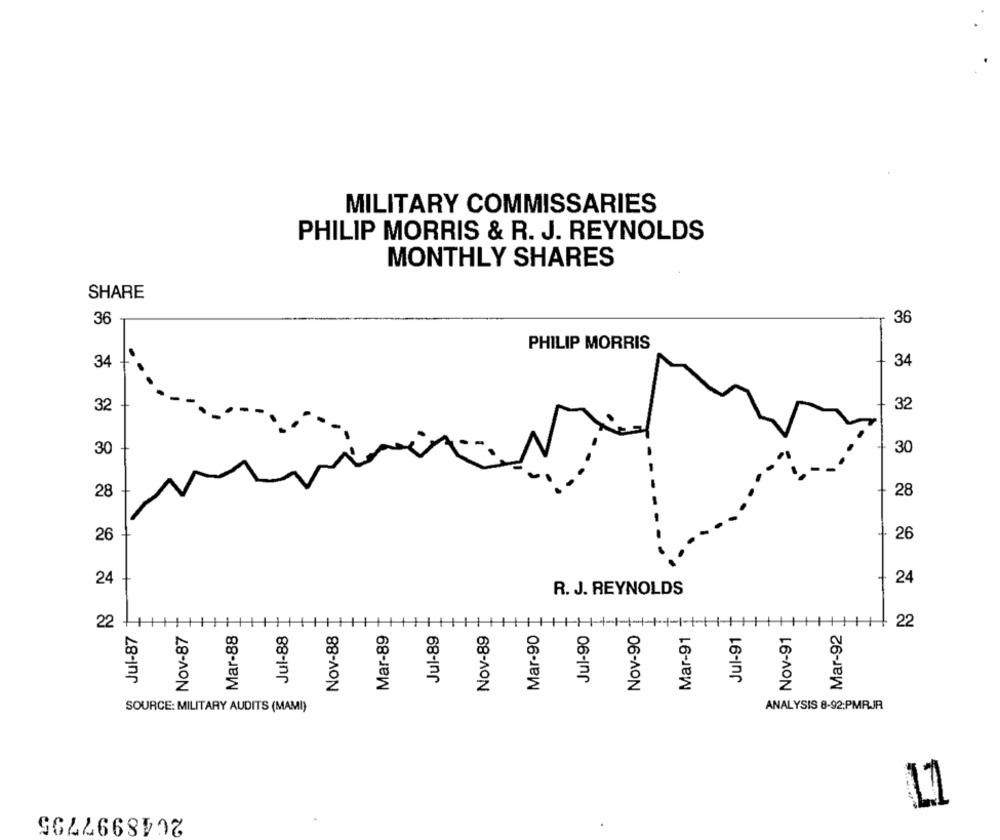
MILITARY COMMISSARIES
PHILIP MORRIS & R. J. REYNOLDS
MONTHLY SHARES
SHARE
36
36
PHILIP MORRIS
34
+ 34
32
32
30
30
28
28
26
26
24
24
R. J. REYNOLDS
Jul-87
Nov-87
Mar-88
Jul-88
Nov-88
Mar-89
Jul-89
Nov-89
Mar-90
Jul-90
Nov-90
Mar-91
Jul-91
Nov-91
Mar-92
SOURCE: MILITARY AUDITS (MAMI)
ANALYSIS 8-92:PMRJR
2648997795
11